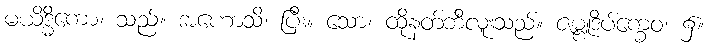
မယိဒ္ဓိကော၊ သည်။ အဟောသိ၊ ပြီး။ သော၊ ထိုနတ်ဘီလူးသည်။ ဇမ္ဗူဒိပ်က္ခေဝ၊ ၌။